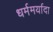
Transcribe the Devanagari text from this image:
धर्ममर्यादा